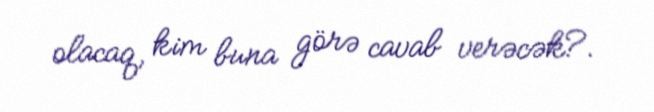
olacaq, kim buna görə cavab verəcək?.